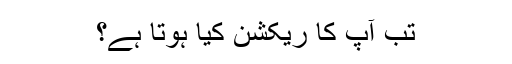
تب آپ کا ریکشن کیا ہوتا ہے؟